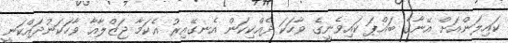
ކައިލަންއަށް އޭނާގެ ބައްޕަ ކައިވެނީގެ ވާހަކަ ދެއްކިކަން އެނގޭއިރު އެކަމާ ޖަޒްލާއާ ވާހަކަނުދައްކަނީ